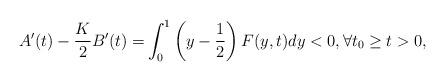
LaTeX: \begin{align*}A'(t)-\frac{K}{2}B'(t)=&\int_0^1\left(y-\frac{1}{2}\right)F(y,t)dy<0, \forall t_0 \geq t> 0,\end{align*}